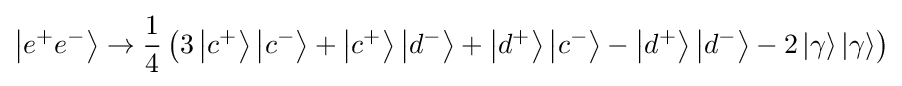
\left|e^{+}e^{-}\right\rangle \to {\frac {1}{4}}\left(3\left|c^{+}\right\rangle \left|c^{-}\right\rangle +\left|c^{+}\right\rangle \left|d^{-}\right\rangle +\left|d^{+}\right\rangle \left|c^{-}\right\rangle -\left|d^{+}\right\rangle \left|d^{-}\right\rangle -2\left|\gamma \right\rangle \left|\gamma \right\rangle \right)